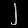
Digit: ၂